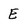
Character: E